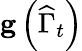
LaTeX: \mathbf{g}\left(\widehat{\Gamma}_{t}\right)